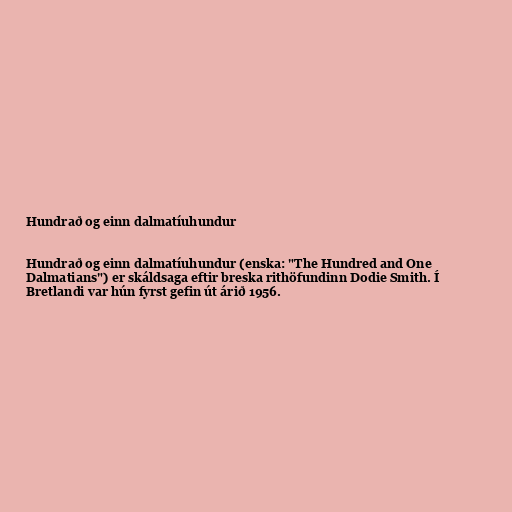
Hundrað og einn dalmatíuhundur

Hundrað og einn dalmatíuhundur (enska: "The Hundred and One
Dalmatians") er skáldsaga eftir breska rithöfundinn Dodie Smith. Í
Bretlandi var hún fyrst gefin út árið 1956.